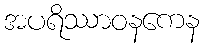
အပရိဿာဝနကေန